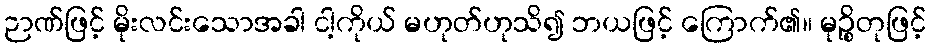
ဉာဏ်ဖြင့် မိုးလင်းသောအခါ ငါ့ကိုယ် မဟုတ်ဟုသိ၍ ဘယဖြင့် ကြောက်၏။ မုဉ္စိတုဖြင့်